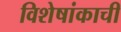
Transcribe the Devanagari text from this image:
विशेषांकाची